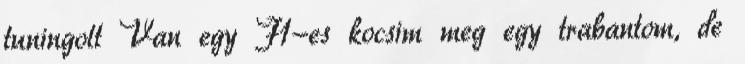
tuningolt Van egy F1-es kocsim meg egy trabantom, de